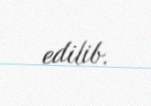
edilib.